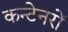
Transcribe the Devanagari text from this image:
कन्टेनरों